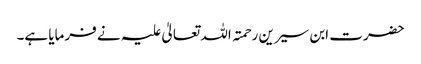
حضرت ابن سیرین رحمتہ اللہ تعالیٰ علیہ نے فرمایا ہے۔